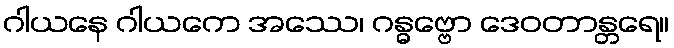
ဂါယနေ ဂါယကေ အဿေ၊ ဂန္ဓဗ္ဗော ဒေဝတာန္တရေ။